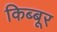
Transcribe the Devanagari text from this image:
किब्बूर